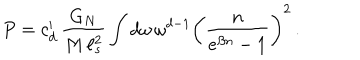
P = c _ { d } ^ { \prime } \, \frac { G _ { N } } { M \, \ell _ { s } ^ { 2 } } \int d \omega \, \omega ^ { d - 1 } \left( \frac { n } { e ^ { \beta n } - 1 } \right) ^ { 2 } \, .